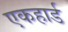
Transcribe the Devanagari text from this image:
एकहार्ड